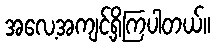
အလေ့အကျင့်ရှိကြပါတယ်။